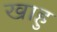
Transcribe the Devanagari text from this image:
खाहु